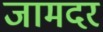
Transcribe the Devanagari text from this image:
जामदर